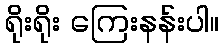
ရိုးရိုး ကြေးနန်းပါ။